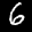
Label: 6